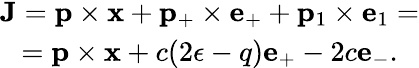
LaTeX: \begin{array}{c}{{{\mathbf J}={\mathbf p}\times{\mathbf x}+{\mathbf p}_{+}\times{\mathbf e}_{+}+{\mathbf p}_{1}\times{\mathbf e}_{1}=}}\\ {{={\mathbf p}\times{\mathbf x}+c(2\epsilon-q){\mathbf e}_{+}-2c{\mathbf e}_{-}.}}\end{array}